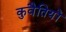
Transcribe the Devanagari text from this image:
कुवैतियों